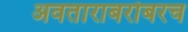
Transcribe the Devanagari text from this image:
अवताराबरोबरच